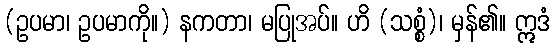
(ဥပမာ၊ ဥပမာကို။) နကတာ၊ မပြုအပ်။ ဟိ (သစ္စံ)၊ မှန်၏။ ဣဒံ